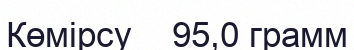
Көмірсу    95,0 грамм